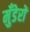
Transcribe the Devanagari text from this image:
मुँडेरों